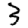
Digit: 3